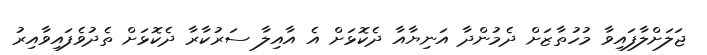
ޖަލަށްލާފައިވާ މުހުތާޒަށް ދެމުންދާ އަނިޔާއާ ދެކޮޅަށް އެ އާއިލާ ސަރުކާރާ ދެކޮޅަށް ތެދުވެފައިވާއިރު